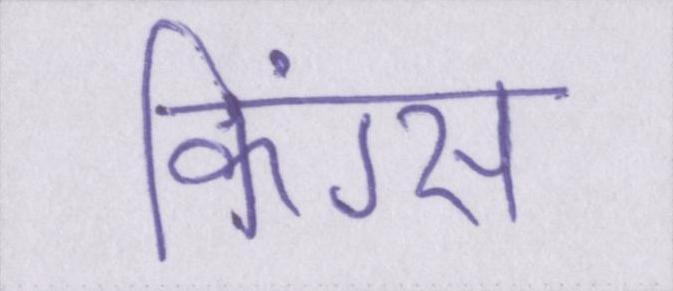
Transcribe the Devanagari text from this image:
किंग्स